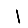
Digit: 1